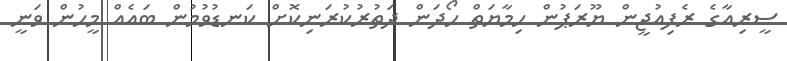
ސީރިއާގެ ރެފިއުޖީން ޔޫރަޕުން ހިމާޔަތް ހޯދަން ދަތުރުކުރަނިކޮށް ކަނޑުވުމުން ބައެއް މީހުން ވަނީ